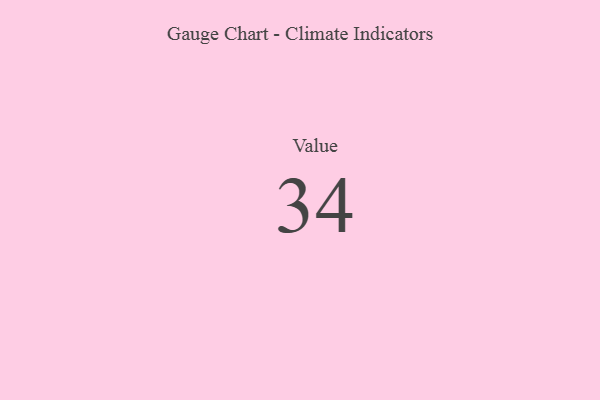
{"axis": {"x": "Metric", "y": "Value"}, "legend": [""], "data": [{"x": "Value", "y": 34, "type": ""}]}